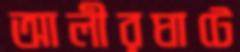
আলীরঘাটে